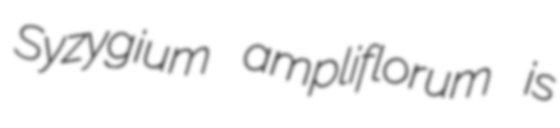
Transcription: Syzygium ampliflorum is